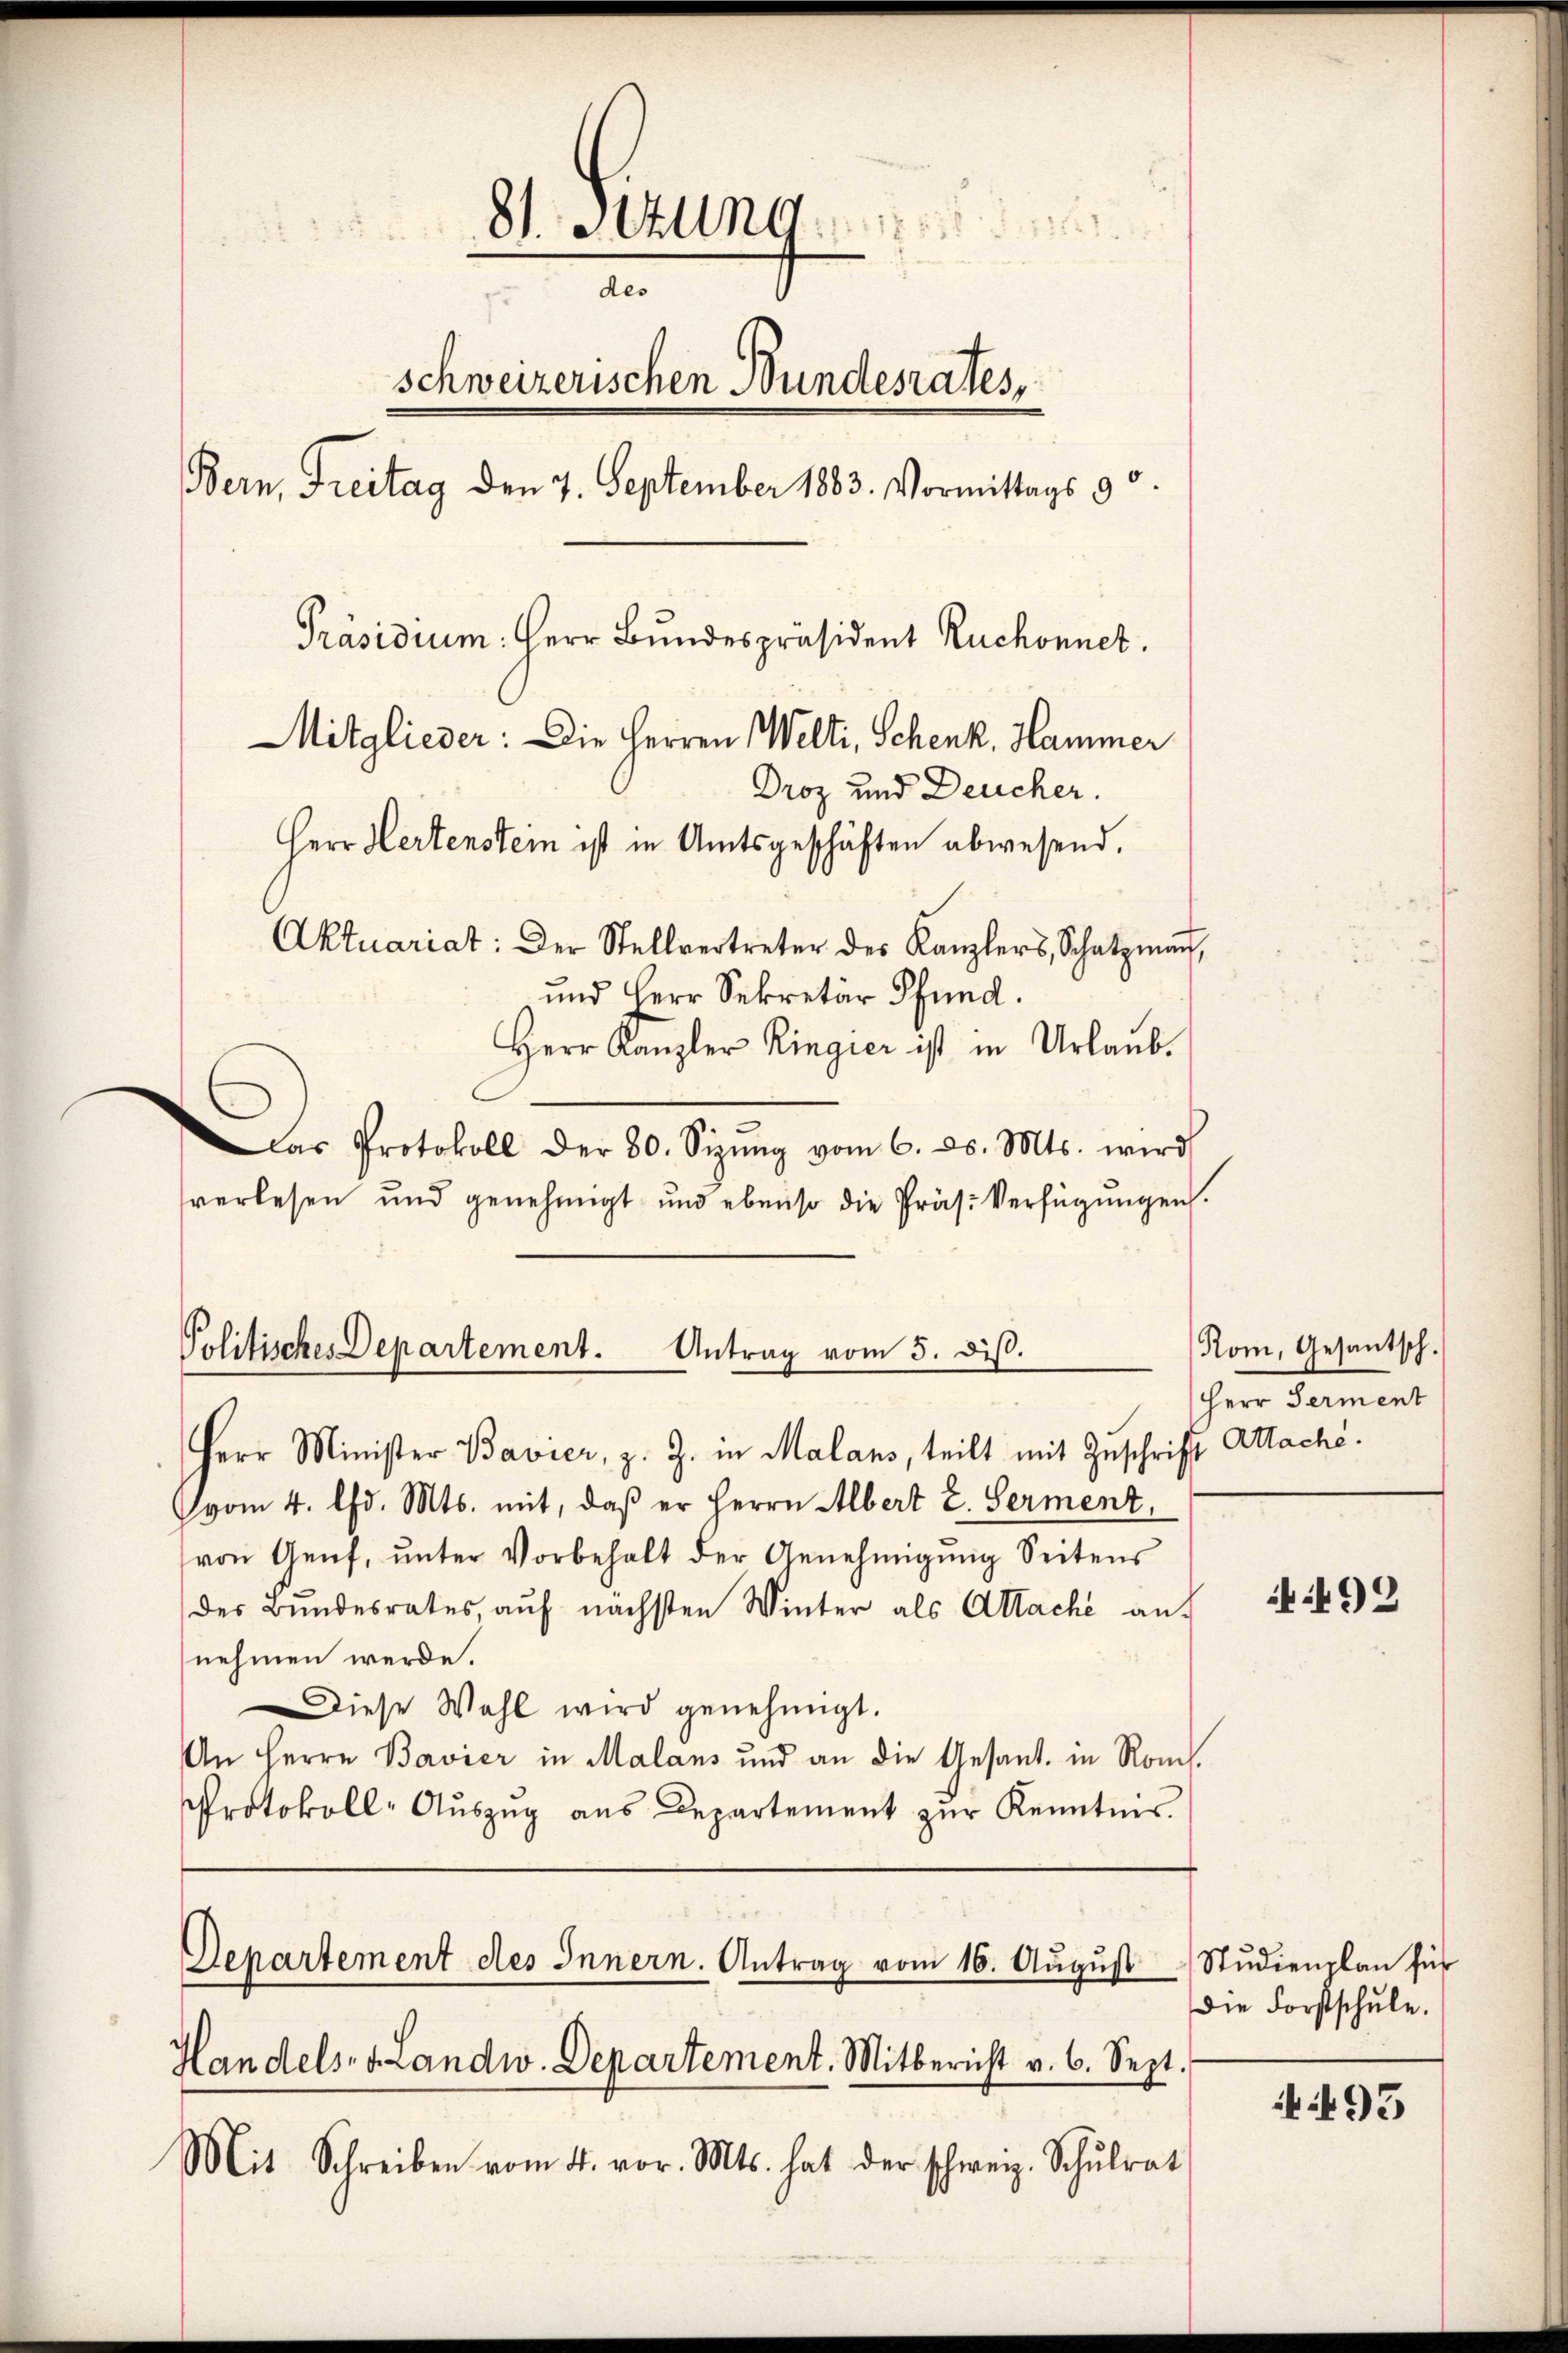
81. Sitzung de
a
17
schweizerischen Bundesrates,
Bern, Freitag den 7. September 1883. Vormittags 90.
Präsidium: Herr Bundespräsident Ruchonnet.
Mitglieder: Die Herren Welti, Schenk, Hammer
Droz und Deucher.
Herr Hertenstein ist in Amtsgeschäften abwesend.
Aktuariat: Der Stellvertreter des Kanzlers, Schatzmann,
und Herr Sekretär Pfund.
Herr Kanzler Ringier ist in Urlaŭb.

Das Protokoll der 80. Sizŭng vom 6. d. Mts. wird
verlesen und genehmigt und ebenso die Präs. Verfügungen.
Politisches Departement. Antrag vom 5. diβ.

Herr Minister Bavier, z. Z. in Malans, teilt mit Zuschrift Attaché.
vom 4. Chr. Mts. mit, daß er Herrn Albert 2. Serment,
von Genf, ŭnter Vorbehalt der Genehmigŭng Seitens
des Bundesrates, auf nächsten Winter als Attache an.
nehmen werde.
Diese Wahl wird genehmigt.
An Herrn Bavier in Malans und an die Gesant in Rom.
Protokoll-Auszug aus Departement zur Kenntnis.

Mit Schreiben vom 4. vor. Mts. hat der schweiz. Schulrat

Departement des Innern. Antrag vom 16. Aŭgŭst Studienplan für
Handels- & Landw. Departement. Mitbericht v. 6. Sept.

Rom, Gesantsch.
cher Sament

492

die Forstschule.

93